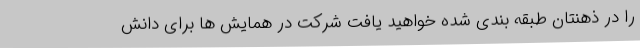
را در ذهنتان طبقه بندی شده خواهید یافت شرکت در همایش ها برای دانش